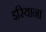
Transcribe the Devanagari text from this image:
इरियाना